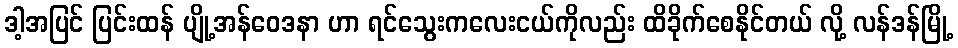
ဒါ့အပြင် ပြင်းထန် ပျို့အန်ဝေဒနာ ဟာ ရင်သွေးကလေးငယ်ကိုလည်း ထိခိုက်စေနိုင်တယ် လို့ လန်ဒန်မြို့